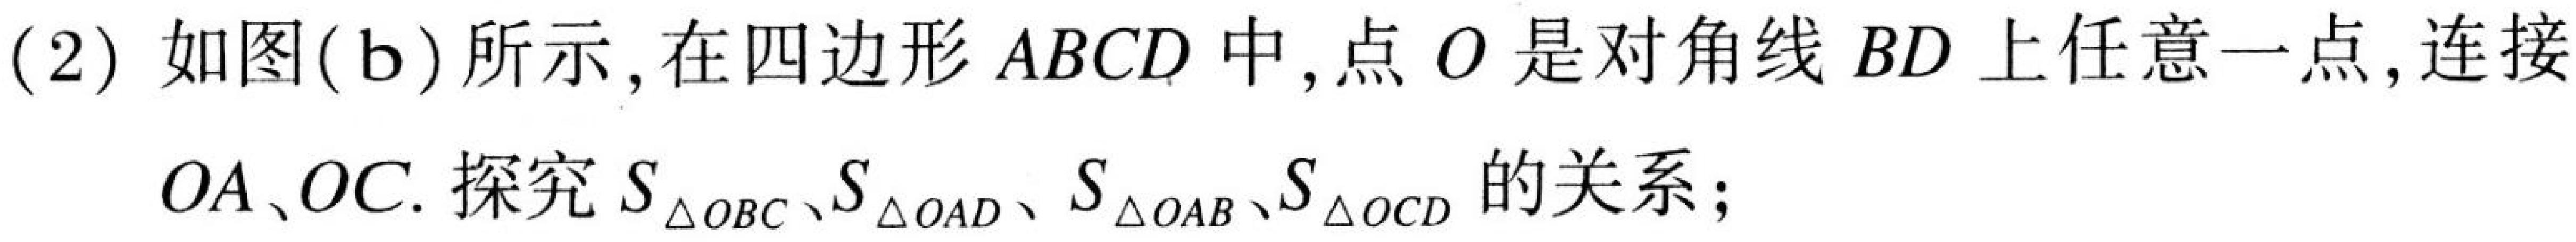
(2) 如图(b)所示, 在四边形 \(ABCD\) 中, 点 \(O\) 是对角线 \(BD\) 上任意一点, 连接
\(OA、OC\). 探究 \(S_{\triangle OBC}、S_{\triangle OAD}、S_{\triangle OAB}、S_{\triangle OCD}\) 的关系；